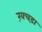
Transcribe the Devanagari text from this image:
ख़चड़ा